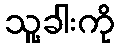
သူ့ခါးကို